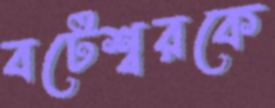
বটেশ্বরকে